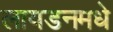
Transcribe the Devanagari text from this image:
लायडनमधे